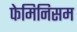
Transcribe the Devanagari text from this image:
फेमिनिसम